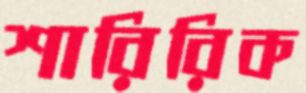
শারিরিক